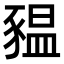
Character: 豱